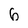
Character: 6